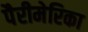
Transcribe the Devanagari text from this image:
पैरीमेरिका